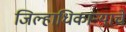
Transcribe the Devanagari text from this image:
जिल्हाधिकाऱ्याचे